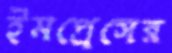
ইমপ্রেসের